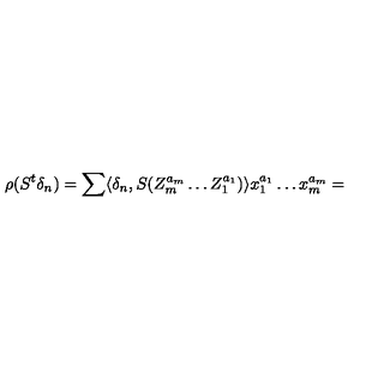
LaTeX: \rho ( S ^ { t } \delta _ { n } ) = \sum \langle \delta _ { n } , S ( Z _ { m } ^ { a _ { m } } \ldots Z _ { 1 } ^ { a _ { 1 } } ) \rangle x _ { 1 } ^ { a _ { 1 } } \ldots x _ { m } ^ { a _ { m } } =